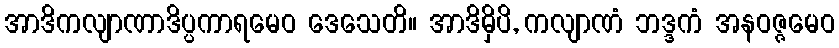
အာဒိကလျာဏာဒိပ္ပကာရမေဝ ဒေသေတိ။ အာဒိမှိပိ, ကလျာဏံ ဘဒ္ဒကံ အနဝဇ္ဇမေဝ